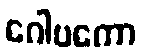
ဂေါပကော